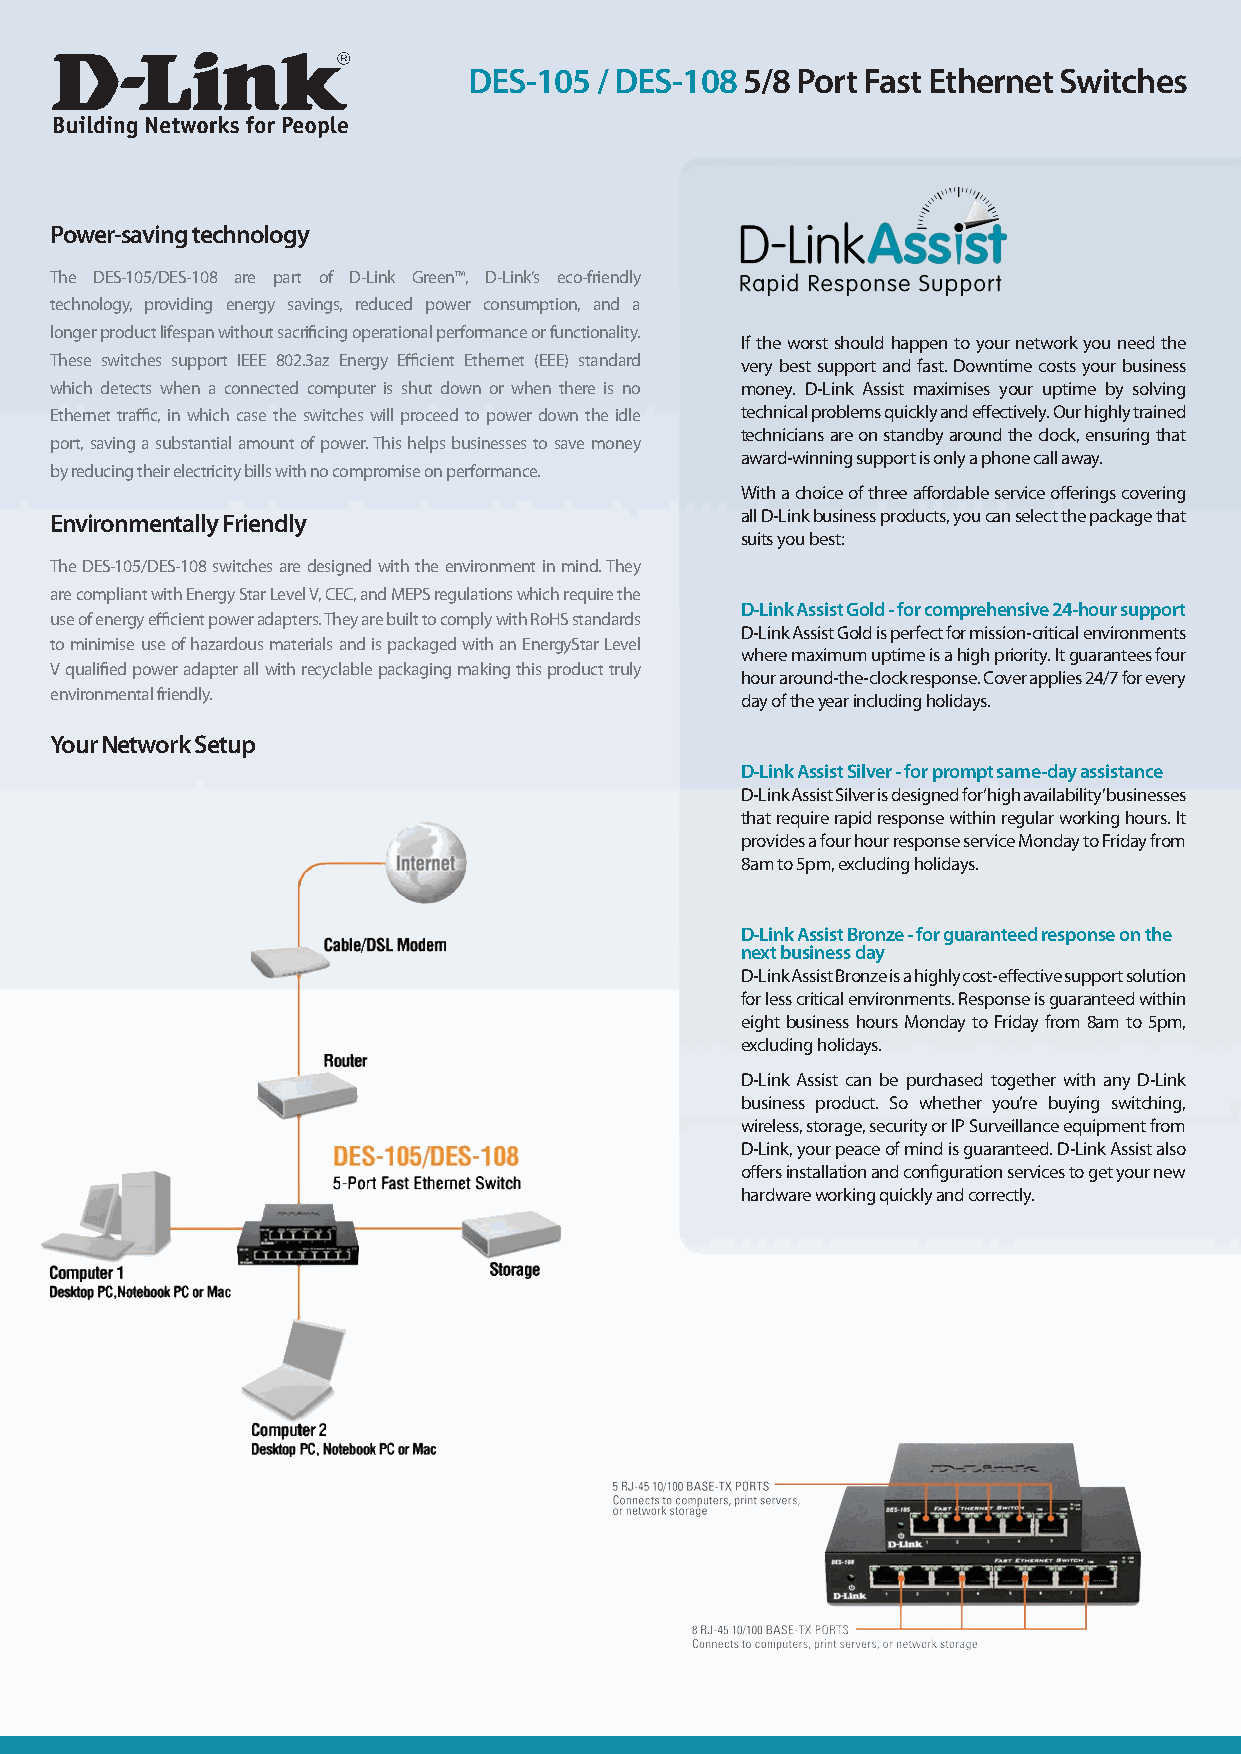
DES-105 / DES-108 5/8 Port Fast Ethernet Switches
 Power-saving technology
 The DES-105/DES-108 are part of D-Link Green™, D-Link’s eco-friendly
 technology, providing energy savings, reduced power consumption, and a
 longer product lifespan without sacrificing operational performance or functionality.
 If the worst should happen to your network you need the
 These switches support IEEE 802.3az Energy Efficient Ethernet (EEE) standard very best support and fast. Downtime costs your business
 which detects when a connected computer is shut down or when there is no money. D-Link Assist maximises your uptime by solving
 Ethernet traffic, in which case the switches will proceed to power down the idle technical problems quickly and effectively. Our highly trained
 technicians are on standby around the clock, ensuring that
 port, saving a substantial amount of power. This helps businesses to save money
 award-winning support is only a phone call away.
 by reducing their electricity bills with no compromise on performance.
 With a choice of three affordable service offerings covering
 Environmentally Friendly                      all D-Link business products, you can select the package that
 suits you best:
 The DES-105/DES-108 switches are designed with the environment in mind. They
 are compliant with Energy Star Level V, CEC, and MEPS regulations which require the
 D-Link Assist Gold - for comprehensive 24-hour support
 use of energy efficient power adapters. They are built to comply with RoHS standards
 D-Link Assist Gold is perfect for mission-critical environments
 to minimise use of hazardous materials and is packaged with an EnergyStar Level
 where maximum uptime is a high priority. It guarantees four
 V qualified power adapter all with recyclable packaging making this product truly
 hour around-the-clock response. Cover applies 24/7 for every
 environmental friendly.
 day of the year including holidays.
 Your Network Setup
 D-Link Assist Silver - for prompt same-day assistance
 D-Link Assist Silver is designed for ‘high availability’ businesses
 that require rapid response within regular working hours. It
 provides a four hour response service Monday to Friday from
 8am to 5pm, excluding holidays.
 D-Link Assist Bronze - for guaranteed response on the
 next business day
 D-Link Assist Bronze is a highly cost-effective support solution
 for less critical environments. Response is guaranteed within
 eight business hours Monday to Friday from 8am to 5pm,
 excluding holidays.
 D-Link Assist can be purchased together with any D-Link
 business product. So whether you’re buying switching,
 wireless, storage, security or IP Surveillance equipment from
 D-Link, your peace of mind is guaranteed. D-Link Assist also
 offers installation and configuration services to get your new
 hardware working quickly and correctly.